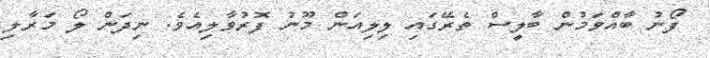
ފޯނު ބާއްވަމުން ބާލީސް ތެރޭގައި ލިލިއަން މޫނު ފޮރުވާލިއެވެ. ނިދަން ލޯ މަރާލި